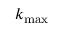
k _ { \mathrm { m a x } }